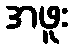
အဖူး